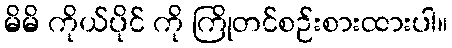
မိမိ ကိုယ်ပိုင် ကို ကြိုတင်စဉ်းစားထားပါ။